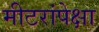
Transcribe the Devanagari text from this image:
मीटरांपेक्षा